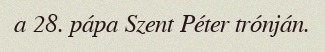
a 28. pápa Szent Péter trónján.